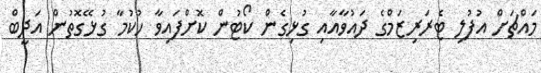
މައްޗަށް އުފުލި ޓެރަރިޒަމްގެ ދައުވާއާއި ގުޅިގެން ކޯޓުން ކޮށްފައިވާ ހުކުމާ ގުޅޭގޮތުން އަދީބް